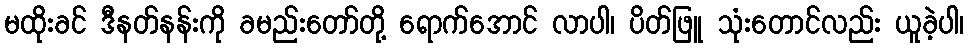
မထိုးခင် ဒီနတ်နန်းကို ခမည်းတော်တို့ ရောက်အောင် လာပါ၊ ပိတ်ဖြူ သုံးတောင်လည်း ယူခဲ့ပါ၊